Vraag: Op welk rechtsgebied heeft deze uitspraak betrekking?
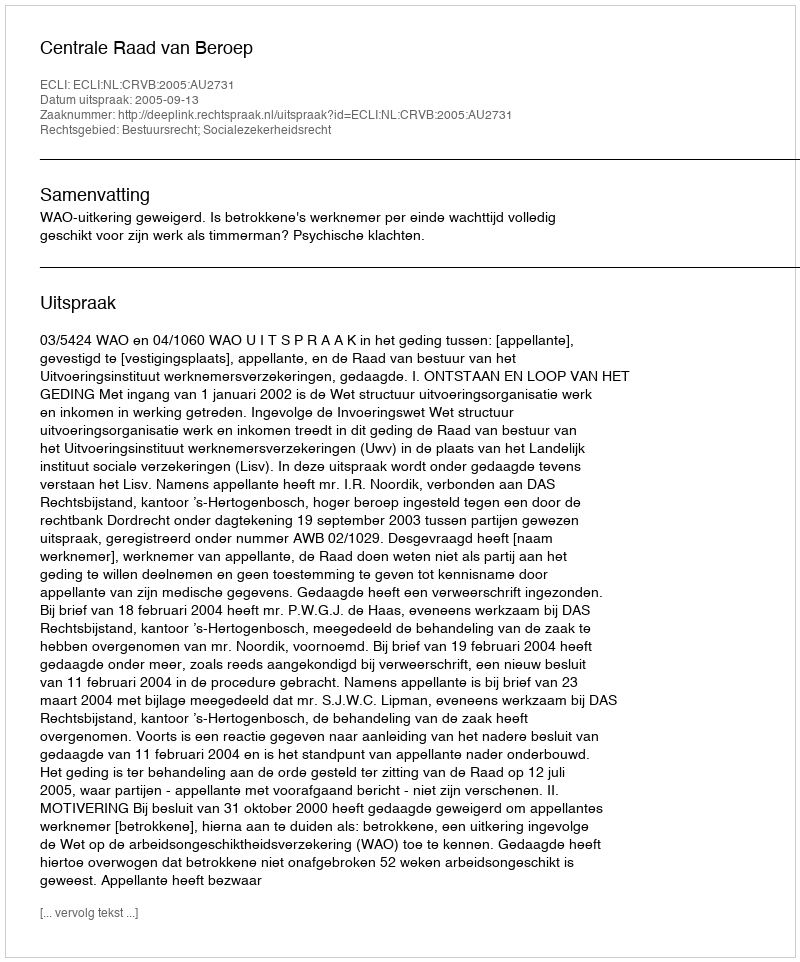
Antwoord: Bestuursrecht; Socialezekerheidsrecht